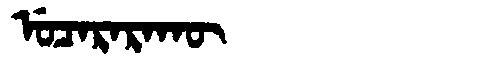
Manchu: ᡠᠴᠠᡵᠠᡵᠠᡴᡡ
Romanization: UCARARAKŪ